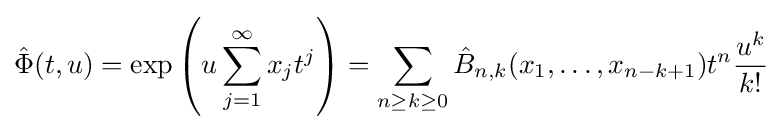
{\hat {\Phi }}(t,u)=\exp \left(u\sum _{j=1}^{\infty }x_{j}t^{j}\right)=\sum _{n\geq k\geq 0}{\hat {B}}_{n,k}(x_{1},\ldots ,x_{n-k+1})t^{n}{\frac {u^{k}}{k!}}